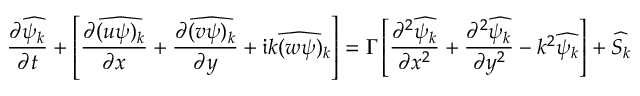
\frac { \partial \widehat { \psi _ { k } } } { \partial t } + \left[ \frac { \partial \widehat { ( u \psi ) _ { k } } } { \partial x } + \frac { \partial \widehat { ( v \psi ) _ { k } } } { \partial y } + \mathfrak { i } \widehat { k ( w \psi ) _ { k } } \right] = \Gamma \left[ \frac { \partial ^ { 2 } \widehat { \psi _ { k } } } { \partial x ^ { 2 } } + \frac { \partial ^ { 2 } \widehat { \psi _ { k } } } { \partial y ^ { 2 } } - k ^ { 2 } \widehat { \psi _ { k } } \right] + \widehat { S _ { k } }